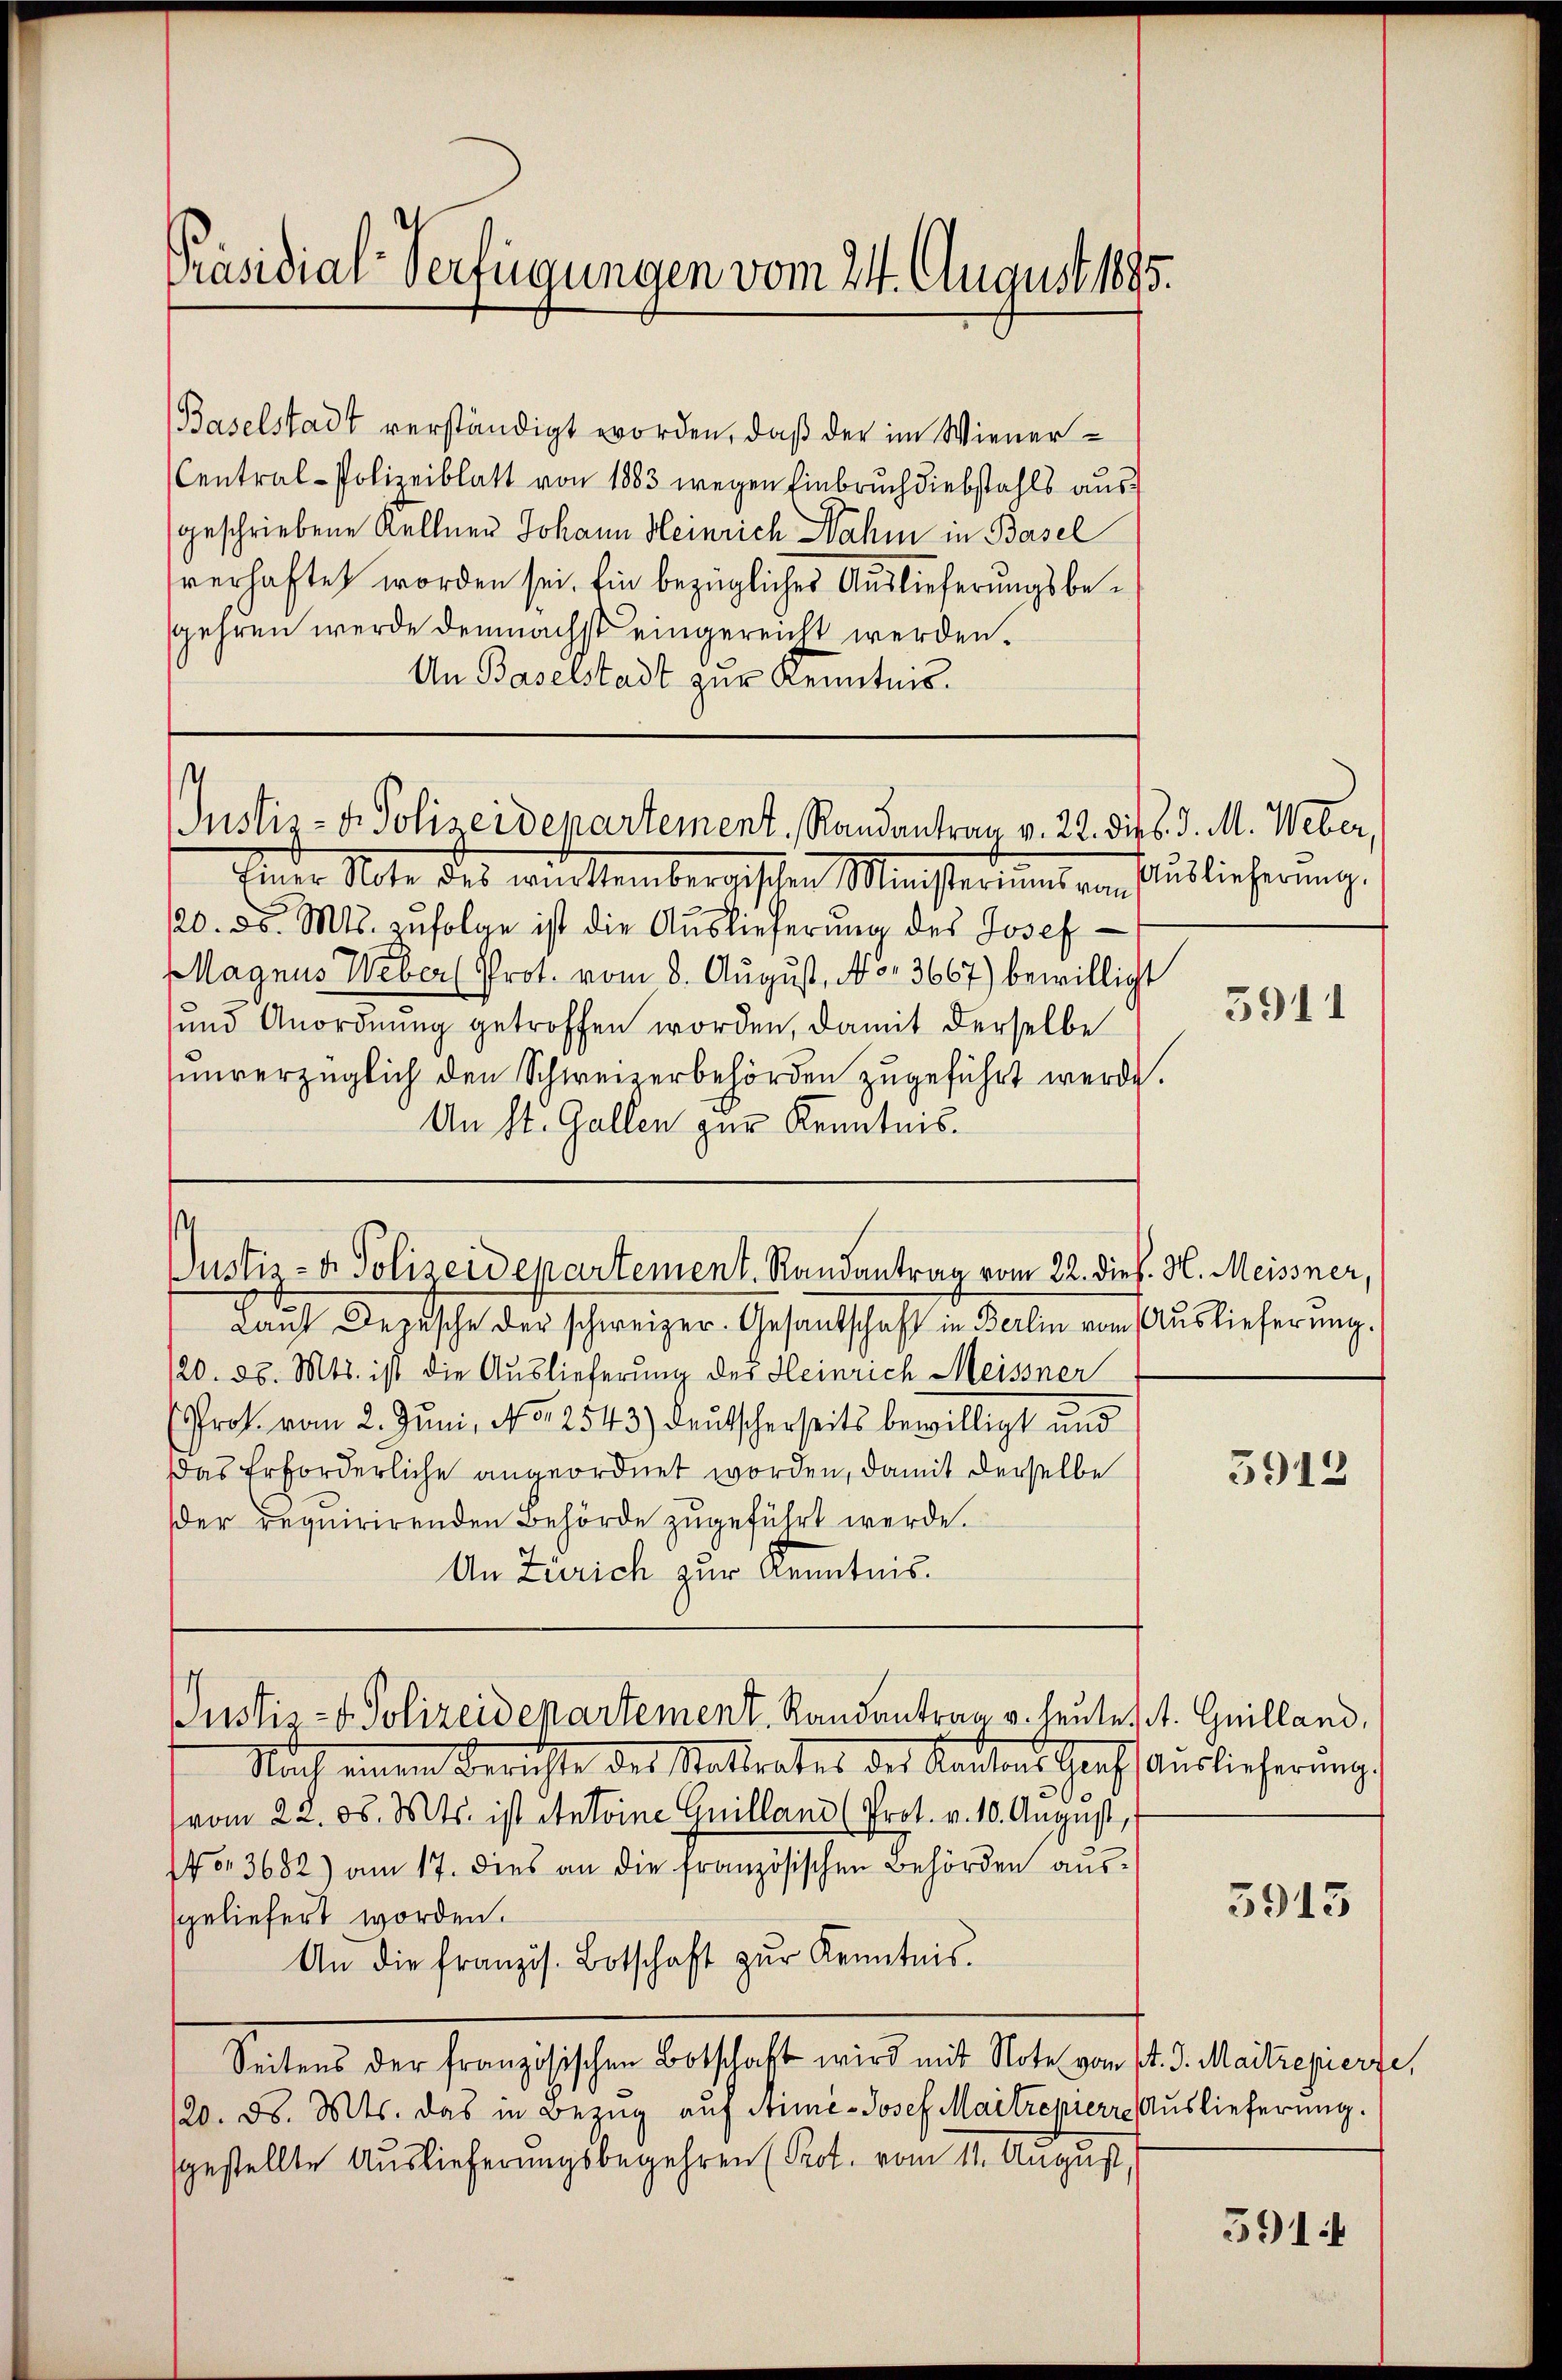
Präsidial-Verfügungen vom 24. August 1895.

Baselstadt verständigt worden, daß der im Wiener¬
Central-Polizeiblatt von 1883 wegen Einbruch diebstahls ausgeschriebene Kellner Johann Heinrich Nahm in Basel
verhaftet worden sei. Ein bezügliches Auslieferungsbesgehren werde demnächst eingereicht werden.
An Baselstadt zur Kenntnis.

Justiz- & Polizeidepartement, Randantrag v. 22. die d. d. M. Weber,

Einer Note des württembergischen Ministeriums vom
120. d. Mts. zufolge ist die Auslieferung des Josef
Magnus Weber Prot. vom 8. August, No. 3667) bewilligt
und Anordnung getroffen worden, damit derselbe
unverzüglich den Schweizerbehörden zugeführt werde.
An St. Gallen zur Kenntnis¬

¬
Justiz- u. Polizeidepartement. Randantrag vom 22. dies. H. Meissner,

Laut Depesche der schweizer. Gesantschaft in Berlin vom Auslieferung.
120. d. Mts. ist die Auslieferung des Heinrich Meissner
Prok. vom 2. Juni, No 2543) deutscherseits bewilligt und
das Erforderliche angeordnet worden, damit derselbe
der requirirenden Behörde zugeführt werde.
An Zürich zur Kenntnis.

Justiz- & Polizeidepartement. Randentrag u. heute A. Guilland,

Auslieferung.

Nach einen Berichte des Mattrates des Kantons Graf Auslieferŭng.
vom 22. ds. Mts. ist Antoine Guilland (Prot. v. 10. August,
No. 3682) am 17. dies an die französischen Behörden aŭs-
geliefert worden.
An die französ. Botschaft zŭr Kenntnis.
Seitens der französischen Botschaft wird mit Note vom 14. d. Maitrepierte,
120. d. Mts. das in Bezug auf Anni-Josef Maitrepierre Auslieferung.
gestellte Auslieferungsbegehren (Prot. vom 11. August

5941

5912

5913

5914